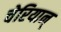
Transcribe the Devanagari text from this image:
चेरियान्